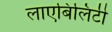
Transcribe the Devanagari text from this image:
लाएबिलिटी